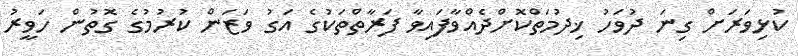
ކުޅިވަރަށް ގިނަ ދުވަހު ޚިދުމަތްކޮށްދެއްވާފައިވާ ފަރާތްތަކުގެ އަގު ވަޒަން ކުރުމުގެ ގޮތުން ހަވީރު